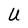
Character: U